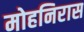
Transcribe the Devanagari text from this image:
मोहनिरास